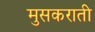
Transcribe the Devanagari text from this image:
मुसकराती